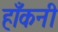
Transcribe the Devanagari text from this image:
हाँकनी